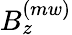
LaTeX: B_{z}^{(mw)}